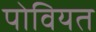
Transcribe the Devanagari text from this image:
पोवियत